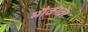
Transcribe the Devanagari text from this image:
मौकाठेर